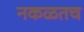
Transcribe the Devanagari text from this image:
नकळतच